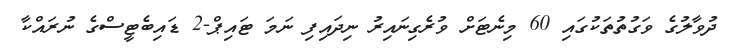
ދުވާލުގެ ވަގުތުތަކުގައި 60 މިނެޓަށް ވުރެގިނައިރު ނިދައިފި ނަމަ ޓައިޕް-2 ޑައިބެޓީސްގެ ނުރައްކާ